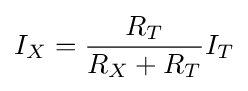
I_{X}={\frac {R_{T}}{R_{X}+R_{T}}}I_{T}